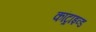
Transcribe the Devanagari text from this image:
कांट्राइव्ड